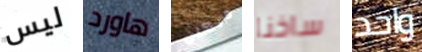
ليس هاورد دنكان ساخنا واحد